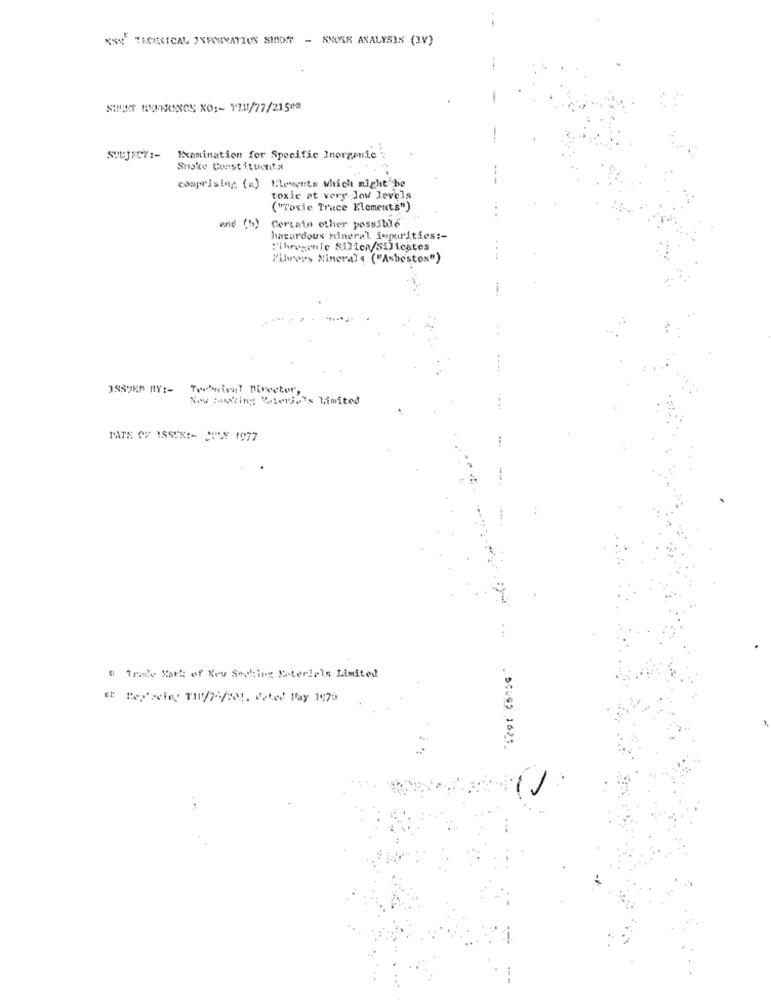
"SY THEINTCAL INFORMATION SHEET - ANCAK ANALYSIS (I.V)
SIERT BUFERENCE NO :- TII!/77/215#2
Examination for Specific Inorganic
Suske Constituent.a
comprising (a) Elevents which might be
toxic at very low levels
("Toxic Trace Elements")
end (b)
Certain other possible
hazardous mineral jepurities :-
"ihreseule Silica/Silicates
"ilvw's Mineral , ("Asbestos")
ISSTEP MY :-
Toturisat Director,
Now Ming Wierjo's Limited
FATE OF ISSUE :- JULY 1977
# 1rise Xar'd of Ney Seching Materials Limited
Et Pep'seiny TI/74/201. Cated May 1975
. SCUSO 1621